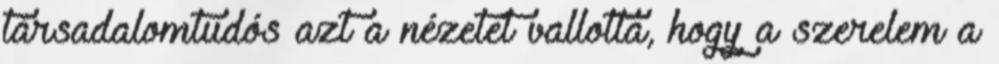
társadalomtudós azt a nézetet vallotta, hogy a szerelem a